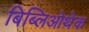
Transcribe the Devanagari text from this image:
बिब्लिओथेक